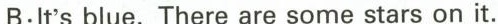
B:It'sblue. There are some stars on it.